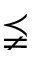
\precneqq